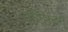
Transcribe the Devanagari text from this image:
वरिष्ठतम्